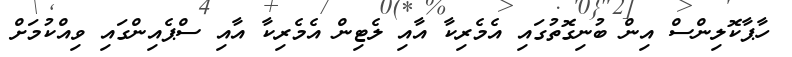
ހާޕާކޮލިންސް އިން ބުނިގޮތުގައި އެމެރިކާ އާއި ލެޓިން އެމެރިކާ އާއި ސްޕެއިންގައި ވިއްކުމަށް